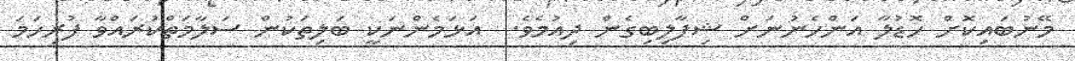
މޭނުބައިކޮށް ހޮޑުލާ އަންހެނުނަށް ޝިފާލިބިގެން ދިއުމެވެ.  އަޅަމެންނަކީ ބަލިތަކުން ސަލާމަތްކުރައްވާ ފުރިހަމަ